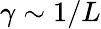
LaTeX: \gamma\sim 1/L